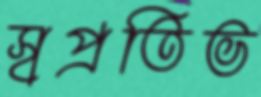
স্বপ্রতিভ